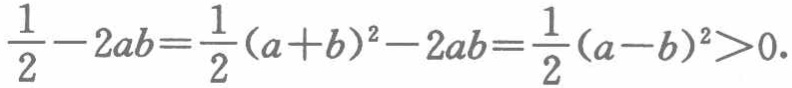
$\frac{1}{2}-2ab=\frac{1}{2}(a + b)^{2}-2ab=\frac{1}{2}(a - b)^{2}>0.$